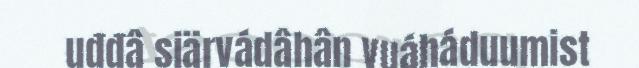
uđđâ siärvádâhân vuáháduumist